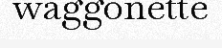
waggonette